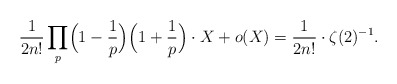
\begin{align*}\frac{1}{2n!}\prod_p\Bigl(1-\frac{1}{p}\Bigr)\Bigl(1+\frac1p\Bigr)\cdot X + o(X) = \frac{1}{2n!}\cdot\zeta(2)^{-1}.\end{align*}